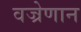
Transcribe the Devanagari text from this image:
वज्रेणान